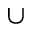
\cup